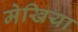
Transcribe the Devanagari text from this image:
मेखिया